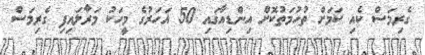
ގެރިމަސް ކެއި ކަމަށް ތުހުމަތުކޮށް އިންޑިއާގައި 50 އަހަރުގެ މީހަކު މަރާލައިފި ގެރިމަސް